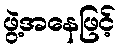
ဖွဲ့အနေဖြင့်